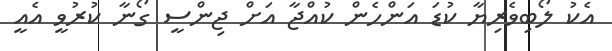
އެކު ލޯބިވެރިޔާ ކުޑަ އަންހެން ކުއްޖާ އަށް ޖިންސީ ގޯނާ ކުރުވީ އެއީ